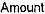
AMOUNT